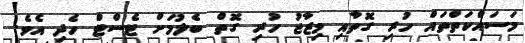
މަސައްކަތްތައް ހުރި ގޮތާއި މިޒާޖު ހުރި ގޮތް ބެލުމަށް ޓެސްޓް ހެދި އެވެ.